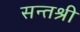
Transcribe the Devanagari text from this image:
सन्तश्री